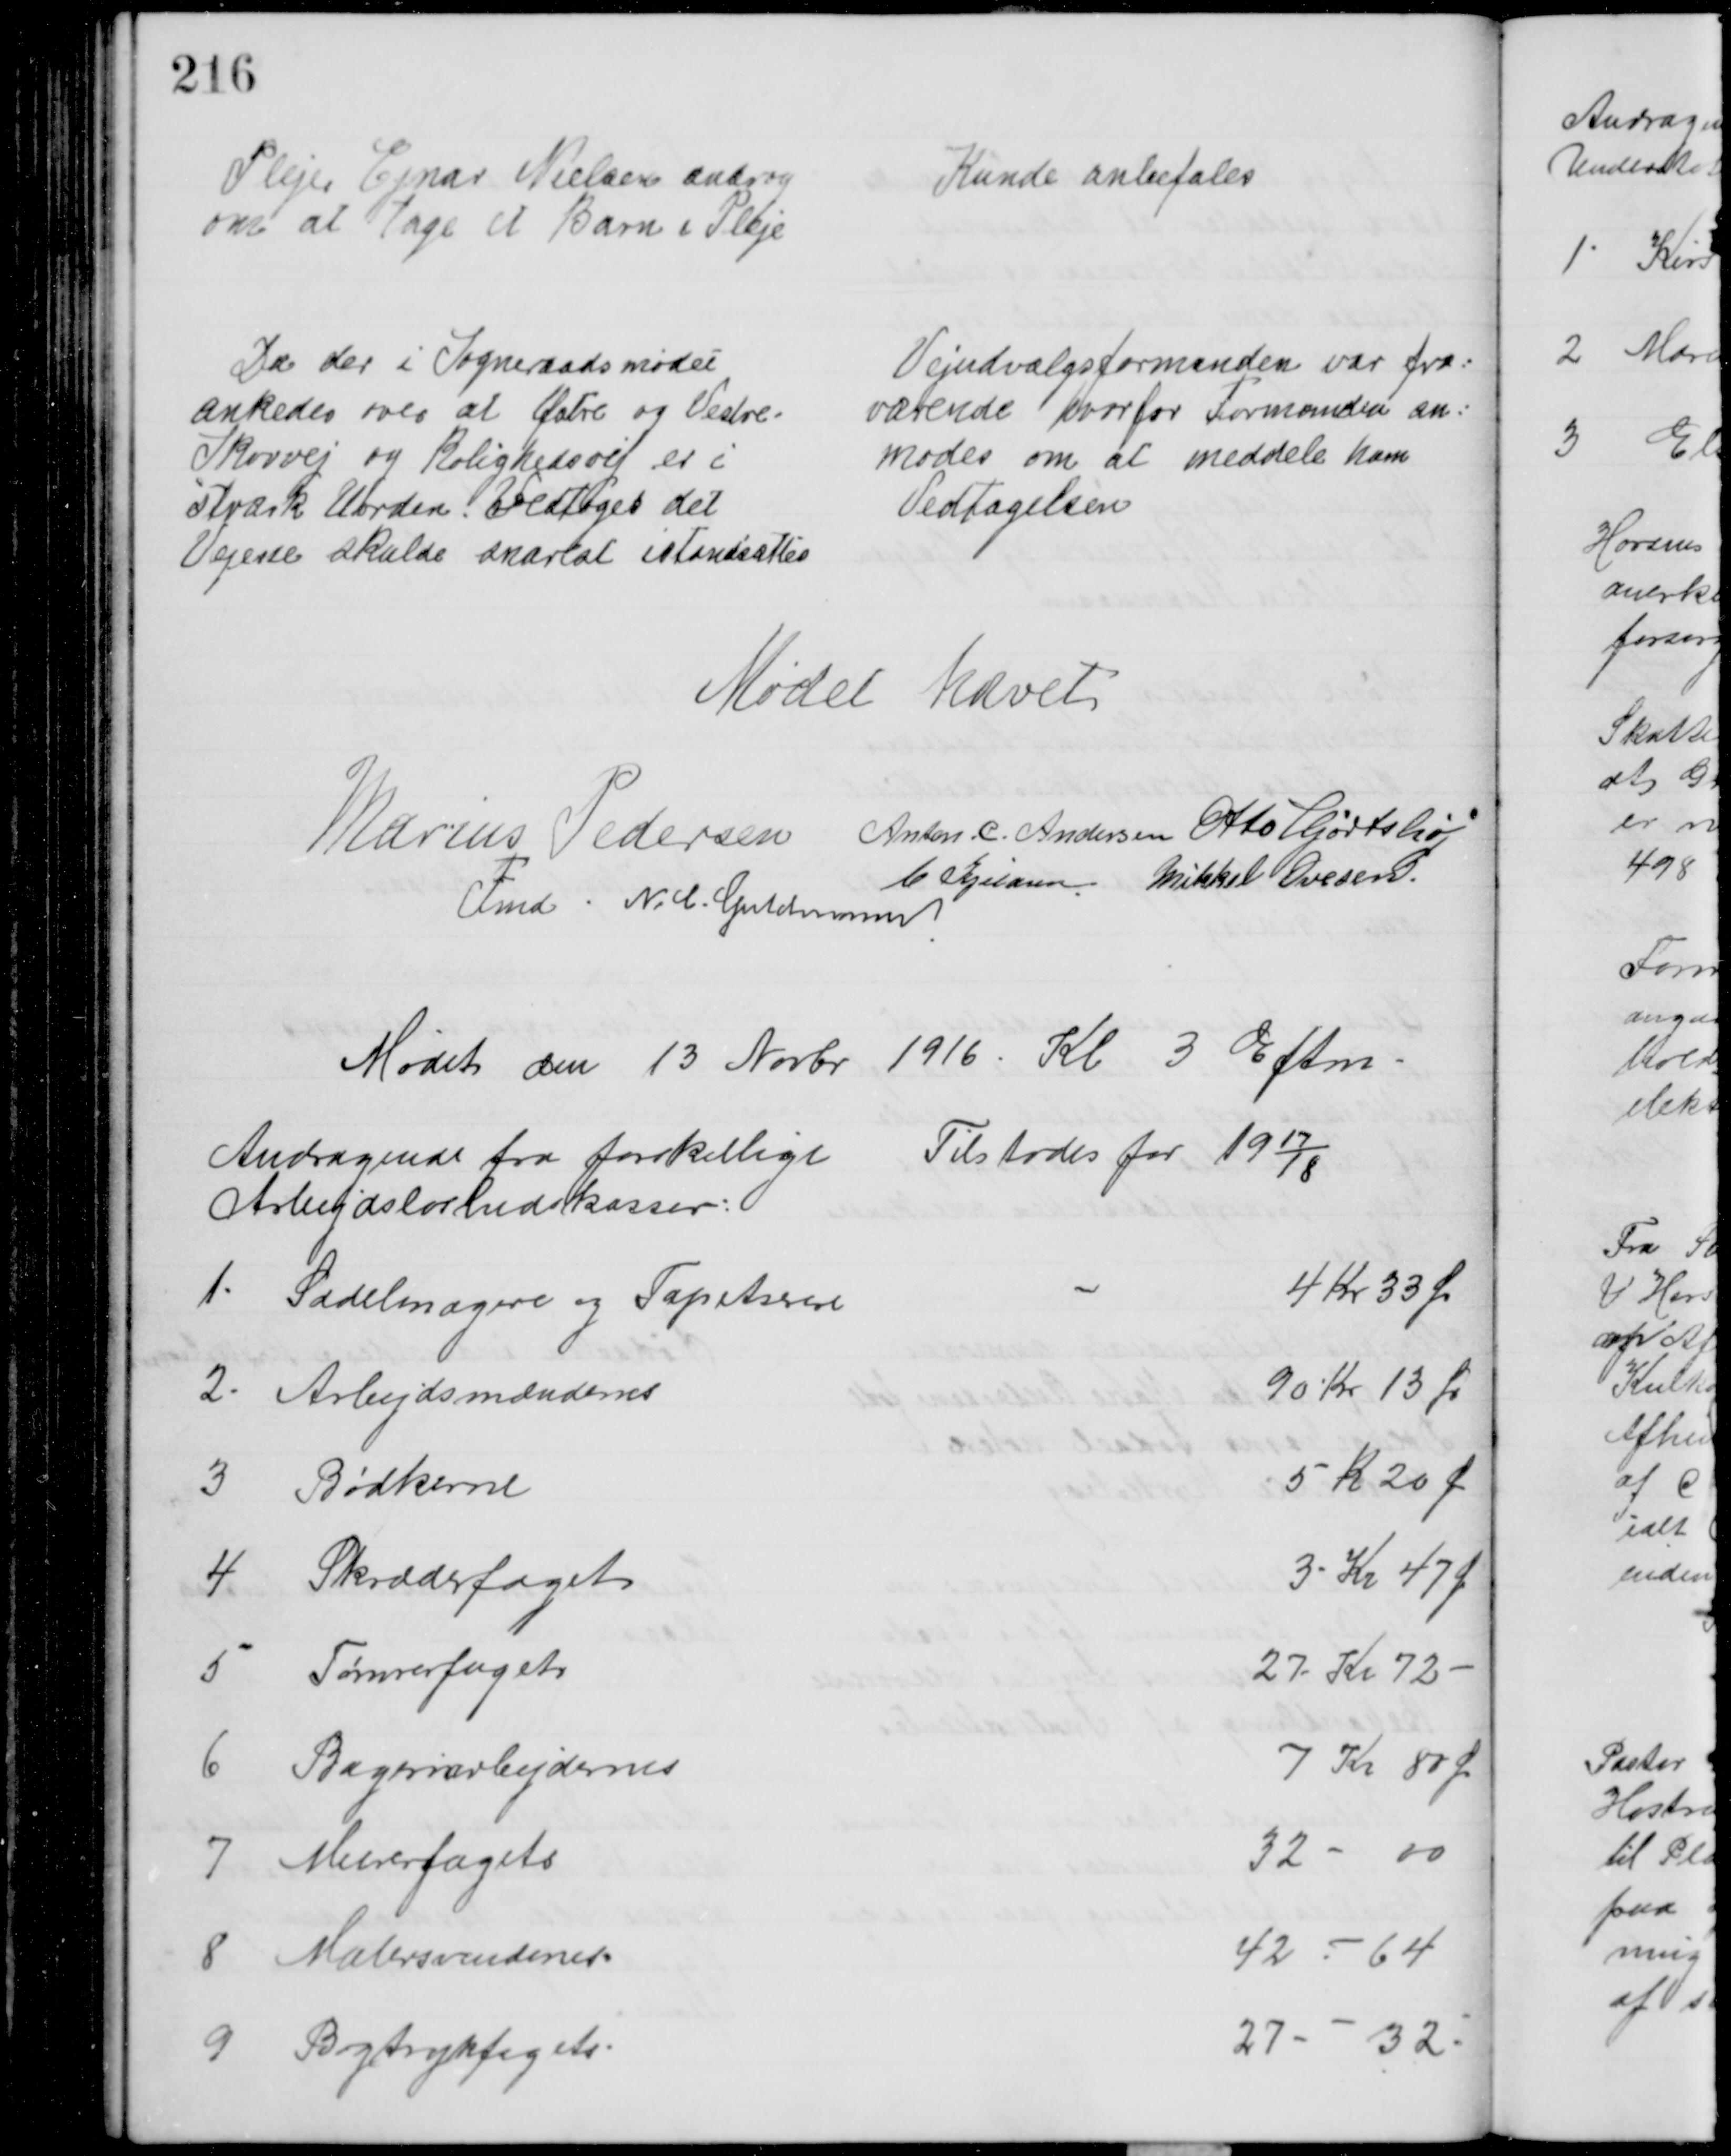
Transskription:
Plejer Ejnar Nielsen androg
om at tage et Barn i Pleje
Kunde anbefales
Da der i Sogneraadsmødet
ankedes over at Østre og Vestre-
Skovvej og Rolighedsvej er i
strærk Uorden vedtoges det
Vejene skulde snarest istandsættes
Vejudvalgsformanden var fra=
værende hvorfor Formanden an=
modes om at meddele ham
Vedtagelsen
Mødet hævet
Marius Pedersen 
Fmd
Anton. C. Andersen Otto Hjortshøj
C Kjeldsen Mikkel Ovesen.
N. C. Guldmann
Mødet den 13 Novbr 1916. Kl 3 Eftm.
Andragende fra forskellige
Arbejdsløshedskasser:
Tilstodes for 1917/18
1. Sadelmagere og Tapetserere
4 Kr 33 Ør
2. Arbejdsmændenes
90 Kr 13 Ør
3 Bødkerne
5 K 20 Ø
4. Skræderfaget
3 Kr 47 Ø
5 Tømrerfagets
27 Kr. 72
6 Bageriarbejdernes
7 Kr 80 Ør
7 Murerfagets
32 - 00
8 Malersvendenes
42 - 64
9 Bogtrykfagets
27 - 32